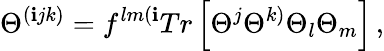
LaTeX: \Theta^{(\mathbf{i}jk)}=f^{lm(\mathbf{i}}Tr\left[\Theta^{j}\Theta^{k)}\Theta_{l}\Theta_{m}\right]\, ,